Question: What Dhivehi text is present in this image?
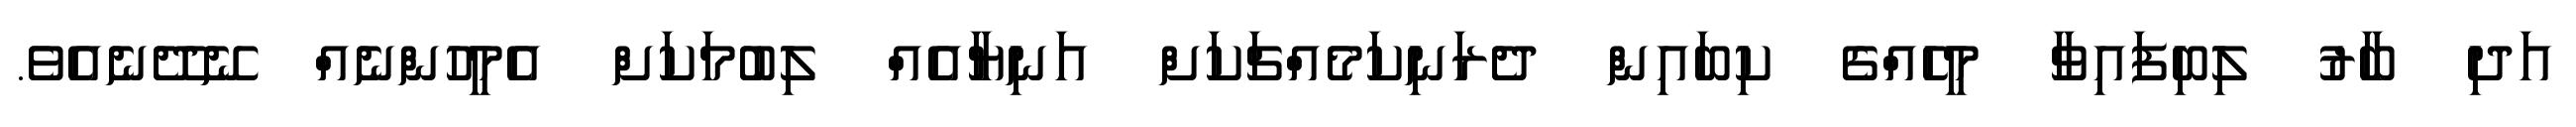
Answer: އަދި ބާރު ލިބިފައިވާ މީހެއްގެ ކިބައިން ދެރަނިކަމެއްޗަކަށް އަނިޔާއެއް ލިބުމަކަށް އެމީހުންނެއް ނޭދޭނެއެވެ.